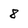
Character: 8